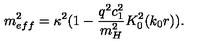
m _ { e f f } ^ { 2 } = \kappa ^ { 2 } ( 1 - \frac { q ^ { 2 } c _ { 1 } ^ { 2 } } { m _ { H } ^ { 2 } } K _ { 0 } ^ { 2 } ( k _ { 0 } r ) ) .